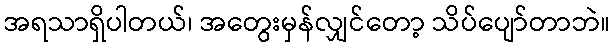
အရသာရှိပါတယ်၊ အတွေးမှန်လျှင်တော့ သိပ်ပျော်တာဘဲ။